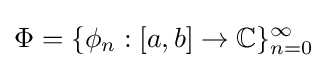
\Phi =\{\phi _{n}:[a,b]\to \mathbb {C} \}_{n=0}^{\infty }